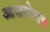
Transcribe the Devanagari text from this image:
आखलेलाच